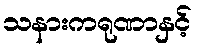
သနားကရုဏာနှင့်